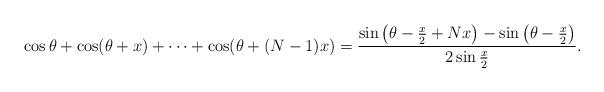
LaTeX: \begin{align*}\cos \theta+\cos(\theta+x)+\cdots+\cos(\theta+(N-1)x)=\frac{\sin\left(\theta-\frac{x}{2}+Nx\right)-\sin\left(\theta-\frac{x}{2}\right)}{2\sin\frac{x}{2}}.\end{align*}